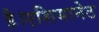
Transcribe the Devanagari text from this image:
है।एशियानेट